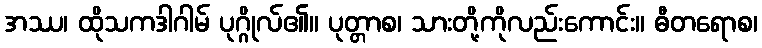
အဿ၊ ထိုသကဒါဂါမ် ပုဂ္ဂိုလ်၏။ ပုတ္တာစ၊ သားတို့ကိုလည်းကောင်း။ ဓီတရောစ၊